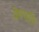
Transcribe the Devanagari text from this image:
वेमपति